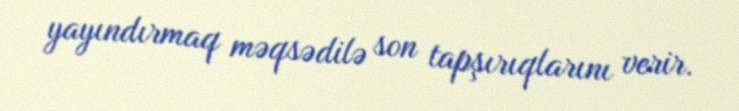
yayındırmaq məqsədilə son tapşırıqlarını verir.